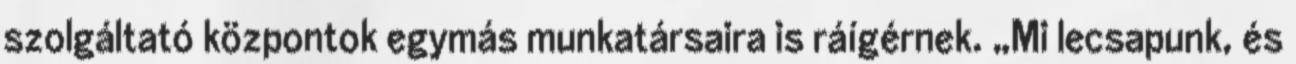
szolgáltató központok egymás munkatársaira is ráígérnek. „Mi lecsapunk, és